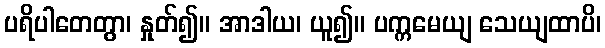
ပရိပါတေတွာ၊ နှုတ်၍။ အာဒါယ၊ ယူ၍။ ပက္ကမေယျ သေယျထာပိ၊